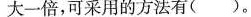
大一倍，可采用的方法有( )。